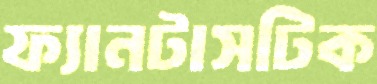
ফ্যানটাসটিক